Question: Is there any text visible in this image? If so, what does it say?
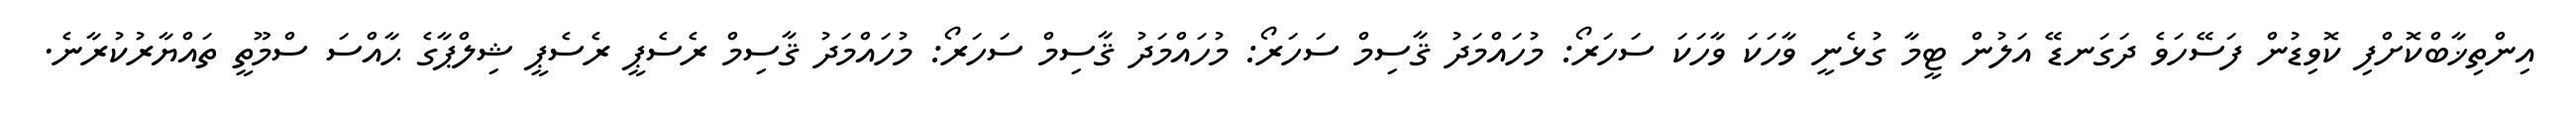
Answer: އިންތިޚާބްކޮށްފި ކޮވިޑުން ފަސޭހަވެ ދަގަނޑޭ އަލުން ޓީމާ ގުޅެނީ ވާހަކަ ވާހަކަ ސަހަރޯ: މުހައްމަދު ޤާސިމް ސަހަރޯ: މުހައްމަދު ޤާސިމް ސަހަރޯ: މުހައްމަދު ޤާސިމް ރެސެޕީ ރެސެޕީ ޝިލްޕާގެ ޙާއްސަ ސްމޫތީ ތައްޔާރުކުރާނެ.